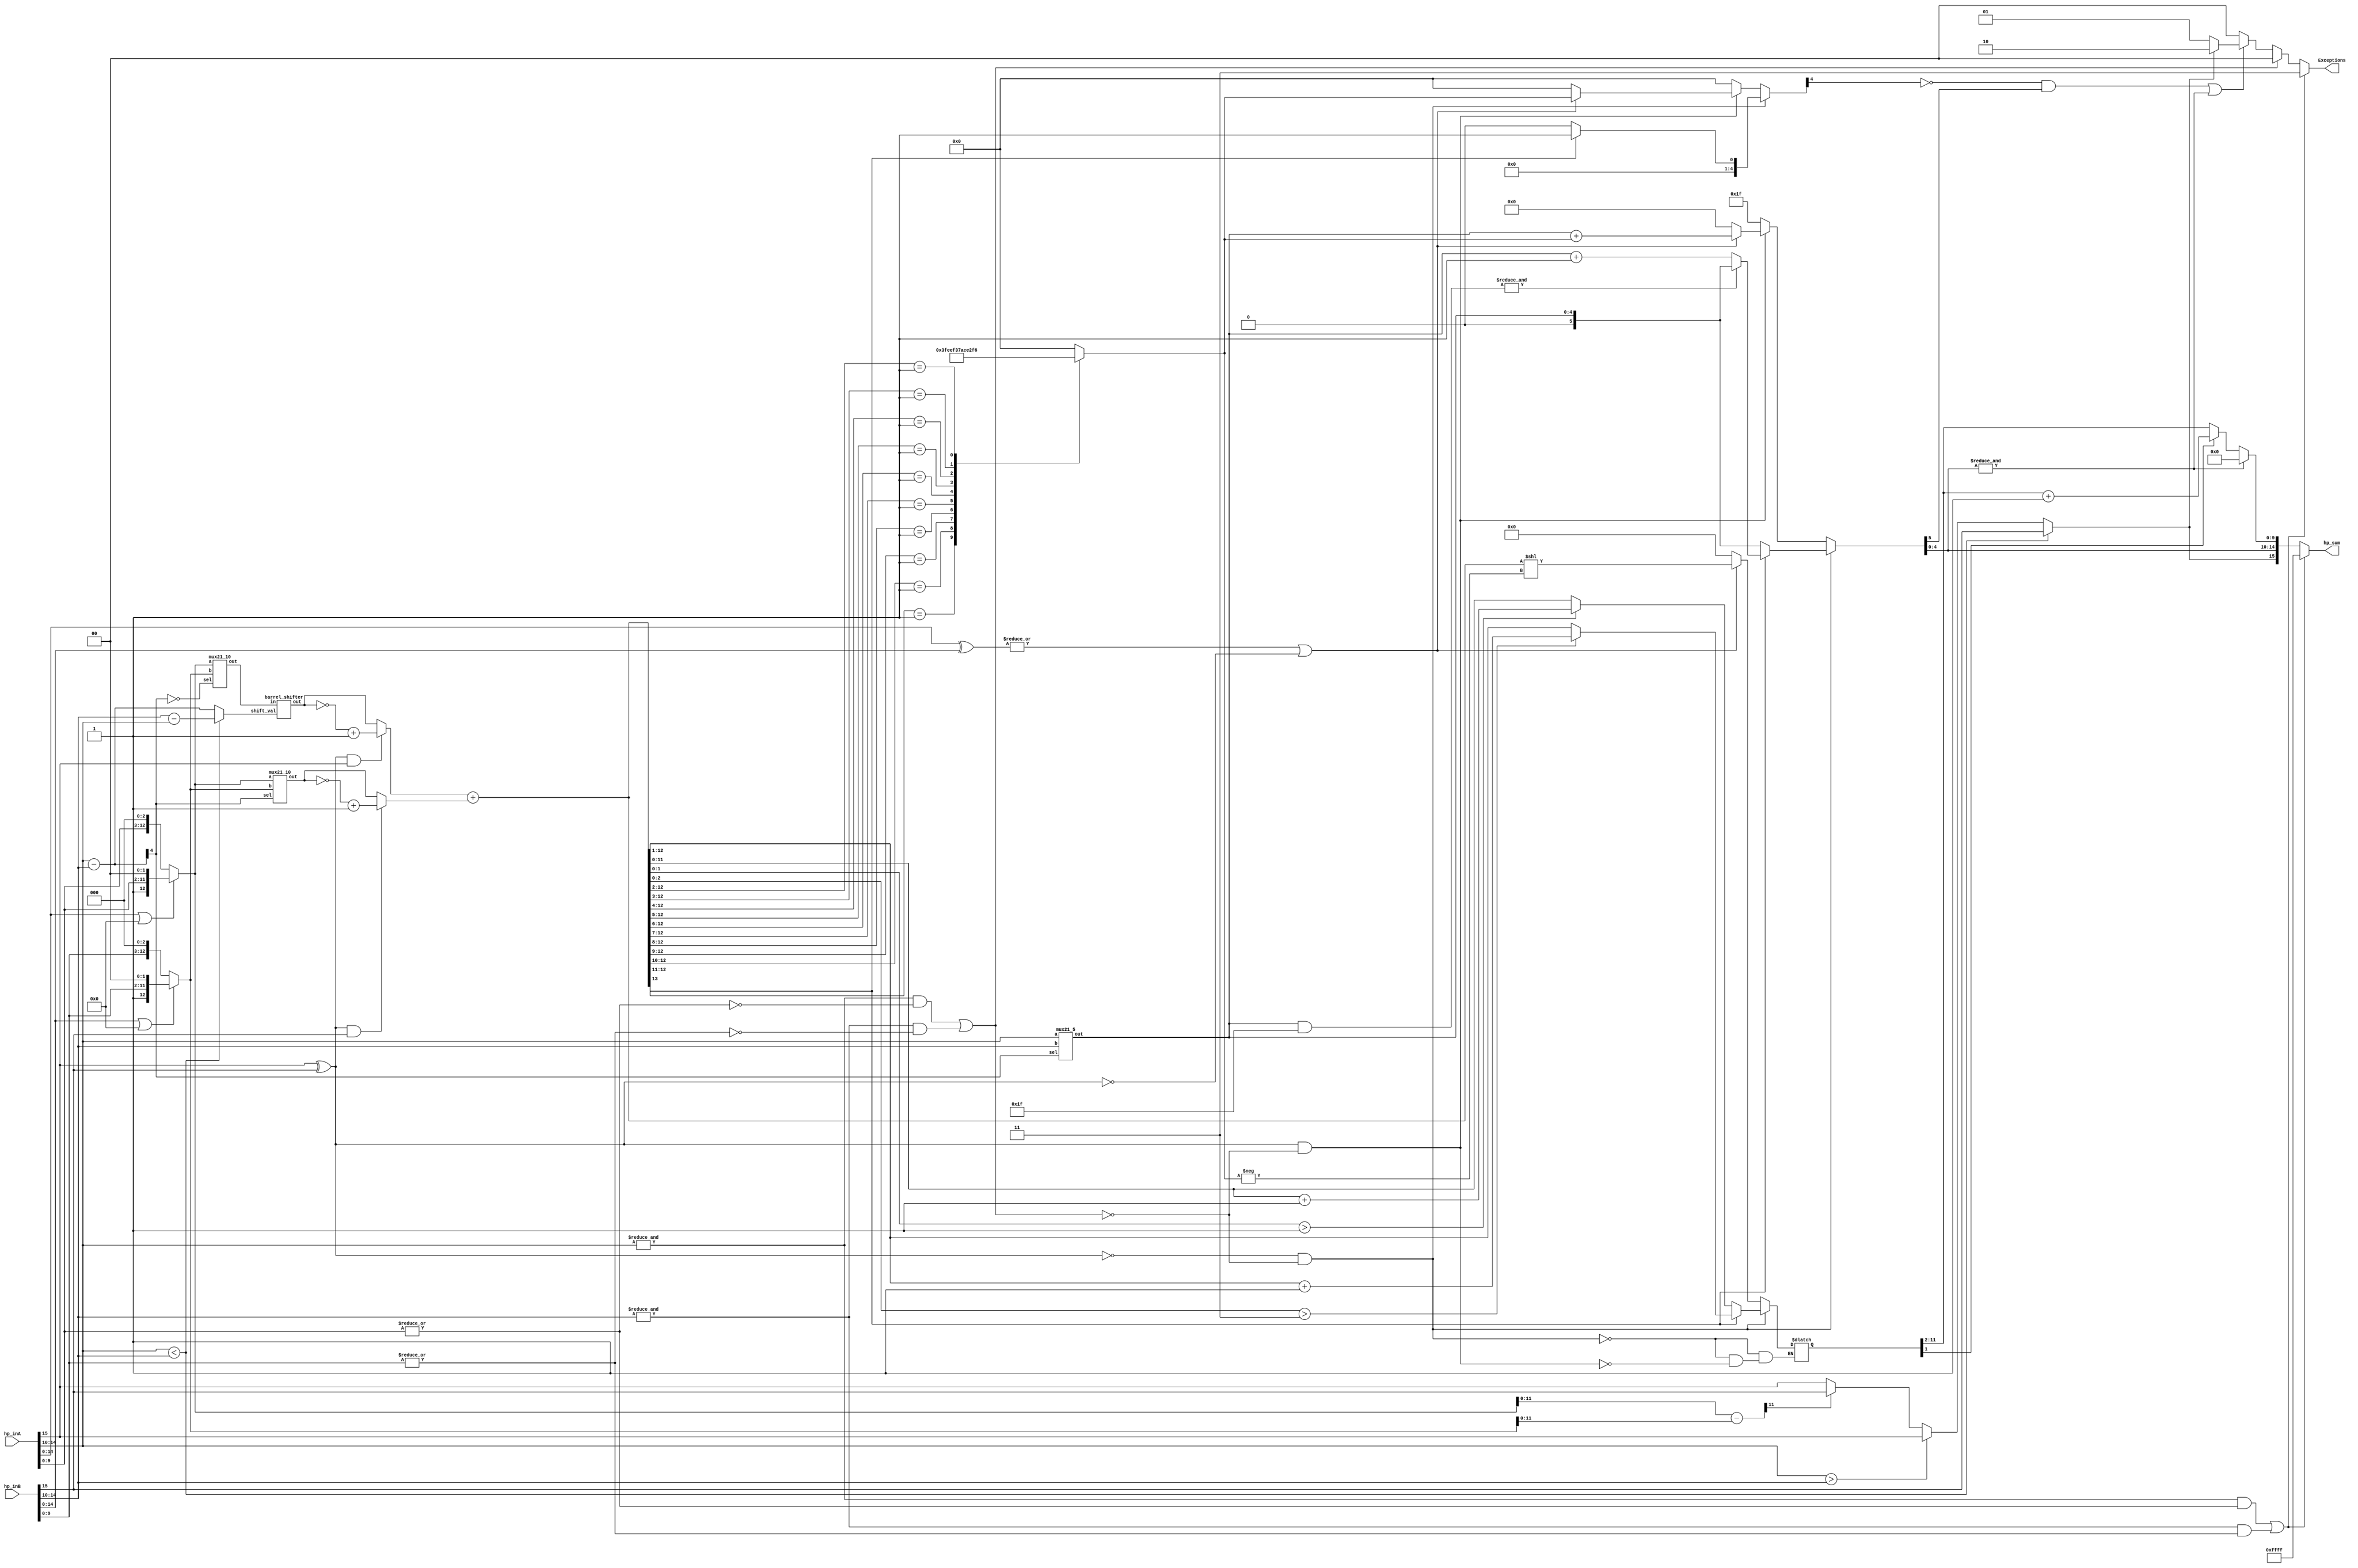
module hp_adder (
    input wire[15:0] hp_inA,
    input wire[15:0] hp_inB,
    output wire[15:0] hp_sum,
    output wire[1:0] Exceptions
);
    
    //declarations
    
    wire smaller, sign_a, sign_b, subtract_true, sign_similar, rest_similar, inf_true, inf_check_A, inf_check_B, nan_check_A, nan_check_B, nan_true;
    wire [4:0] exp_a, exp_b, exp_diff, larger_exp; 
    wire [12:0] mant_a, mant_b, shift_in, shift_out_a, shift_out_b, shift_out_at, shift_out_bt, operand_a, operand_b;
    wire [13:0] asumb, adiffb, ALU_out;
    wire [14:0] similar;
   
    reg done = 1'b0, sign_fin, zero = 1'b0;
    wire flow_check;
    reg [1:0] flag = 2'b00;
    reg [4:0] amount_shifted = 5'd0, shifting_value;
    reg [5:0] exp_fin;
    reg [11:0] mant_fin = 12'b0;
    wire [9:0] mant_out;
    reg [12:0] mant_diff;
    reg [13:0] temp;
    wire [15:0] a,b;
    
    //splitting 16 - bit input into relavent information
    assign a = hp_inA;
    assign b = hp_inB;
    assign exp_a = a[14:10];
    assign exp_b = b[14:10];
    assign mant_a = ~&(a[14:0] || 15'b0) ? {a[9:0], 3'b0} : {1'b1, a[9:0], 2'b0};
    assign mant_b = ~&(b[14:0] || 15'b0) ? {b[9:0], 3'b0} : {1'b1, b[9:0], 2'b0};
    assign sign_a = a[15];
    assign sign_b = b[15];
    assign similar = a[14:0]^b[14:0];
    assign rest_similar = |similar;
    assign sign_similar = ~(a[15]^b[15]);
    assign inf_check_A = (&a[14:10] && ~|a[9:0]);
    assign inf_check_B = (&b[14:10] && ~|b[9:0]);
    assign nan_check_A = (&a[14:10] && |a[9:0]);
    assign nan_check_B = (&b[14:10] && |b[9:0]);
    assign nan_true = nan_check_A | nan_check_B;
    assign inf_true = inf_check_A | inf_check_B;

    always @(*) begin
        if(exp_a < exp_b)
        begin
            shifting_value = exp_b - exp_a;
            sign_fin = sign_b;
        end
        else if(exp_a > exp_b)
        begin
            shifting_value = exp_a - exp_b;
            sign_fin = sign_a;
        end
        else
        begin
                shifting_value = exp_a - exp_b;
                mant_diff = mant_a - mant_b;
                sign_fin = mant_diff[11]? sign_b: sign_a;
        end
    end

    assign exp_diff = exp_a - exp_b;            
    assign smaller = ~exp_diff[4];              
   
    mux21_10 ma(.a(mant_a), .b(mant_b), .sel(smaller), .out(shift_in));
    barrel_shifter b1(.in(shift_in), .shift_val(shifting_value), .out(shift_out_at));
    mux21_10 mb(.a(mant_a), .b(mant_b), .sel(~smaller), .out(shift_out_bt));

    /*
    ALU Operations (and corresponding shifts)
    */

    assign subtract_true = sign_a ^ sign_b;
    assign comp_2_a = subtract_true & sign_a;
    assign comp_2_b = subtract_true & sign_b;
    assign operand_a = (comp_2_a) ? (~(shift_out_at)+13'b1) : shift_out_at;
    assign operand_b = (comp_2_b) ? (~(shift_out_bt)+13'b1) : shift_out_bt;
    assign ALU_out = operand_a + operand_b;
    
   /*
   Renormalization And Exponent Calculation
   */

    mux21_5 mexp(.a(exp_a), .b(exp_b), .sel(~smaller), .out(larger_exp));
    always @(*) begin
        amount_shifted = 5'b0;
        exp_fin = 6'b0;
        exp_fin = larger_exp;
       if(!subtract_true & !inf_true) begin
            if(ALU_out[1:0] > 2'b01)
                mant_fin = ALU_out[11:0] + 10'b1;
            else
                mant_fin = ALU_out[11:0];

            if(ALU_out[13] == 1'b1) begin
                if(ALU_out[2:0] > 3'b011)
                    mant_fin = ALU_out[12:1] + 10'b1;
                else
                    mant_fin = ALU_out[12:1];
                    
                amount_shifted = 5'b1;
                exp_fin = (&(larger_exp & 5'b11111)) ? larger_exp : (larger_exp + 5'b00001);
            end

        end
        else if(subtract_true & !inf_true)begin
            if(~(rest_similar || sign_similar))
            begin
                amount_shifted = 5'd0;
                mant_fin = 12'b0;
                exp_fin = 5'b0;
            end
            else
            begin
                /*
                Leading Zero Calculator
                */
                casex(ALU_out[12:2])
                    {1'b1, 10'bx}         :begin  amount_shifted = -5'd0;   end
                    {1'b0, 1'b1, 9'bx}    :begin  amount_shifted = -5'd1;   end
                    {2'b0, 1'b1, 8'bx}    :begin  amount_shifted = -5'd2;   end
                    {3'b0, 1'b1, 7'bx}    :begin  amount_shifted = -5'd3;   end
                    {4'b0, 1'b1, 6'bx}    :begin  amount_shifted = -5'd4;   end
                    {5'b0, 1'b1, 5'bx}    :begin  amount_shifted = -5'd5;   end
                    {6'b0, 1'b1, 4'bx}    :begin  amount_shifted = -5'd6;   end
                    {7'b0, 1'b1, 3'bx}    :begin  amount_shifted = -5'd7;   end
                    {8'b0, 1'b1, 2'bx}    :begin  amount_shifted = -5'd8;   end
                    {9'b0, 1'b1, 1'bx}    :begin  amount_shifted = -5'd9;   end
                    {10'b0, 1'b1}         :begin  amount_shifted = -5'd10;  end
                    default               :begin  amount_shifted = -5'd0;   end
                endcase
                temp = (ALU_out << -amount_shifted);
                mant_fin = temp[11:0];
                exp_fin = larger_exp + amount_shifted;
            end
        end
        else
        begin
            exp_fin = 6'b011111;
        end
    end
    assign mant_out = mant_fin[1] ? (mant_fin[11:2]+1'b1) : mant_fin[11:2];
    assign hp_sum = nan_true? 16'b1111111111111111 : (&exp_fin[4:0] ? {sign_fin, exp_fin[4:0], 10'b0}: ({sign_fin, exp_fin[4:0], mant_out}));
    assign flow_check = (~amount_shifted[4] & exp_fin[5]) | &exp_fin[4:0];
    assign Exceptions = nan_true ? (2'b11) : inf_true ? (2'b00) : (flow_check ? (sign_fin ? 2'b10 : 2'b01 ): 2'b00);
endmodule


//Separate non-parameterized muxes for sanity
module mux21_10(
    input wire[12:0] a,
    input wire[12:0] b,
    input wire sel,
    output reg[12:0] out
);
    /* 2:1 Mux with 10 bits as each input and 1 bit select*/
    always@ (*)
        begin
            case(sel)
            1'b0: out = a;
            1'b1: out = b;
            default: out = 0;
            endcase
        end

endmodule



module barrel_shifter (
    input wire[12:0] in,
    input wire[4:0] shift_val,
    output wire[12:0] out);      
    wire [12:0] num = in; 
    reg [12:0] X, Y, Z, W, Dout;

    always @ (*)
      begin
        
      /*  
        num -> X -> Y -> Z -> W -> Dout
        Where num->X would be a 0 or 1 bit shift, X->Y would be a 0 or 2 bit shift, 
        Y->Z would be a 0 or 4 bit shift and Z->Dout would be a 0 or 8 bit shift.
        Each of these 0 or 2^n shift would be as per the n'th bit of shift_val
      */

      X = shift_val[0] ? {1'b0, num[12:1]} : num[12:0];
      Y = shift_val[1] ? {2'b0, X[12:2]} : X[12:0];
      Z = shift_val[2] ? {4'b0, Y[12:4]} : Y[12:0];
      W = shift_val[3] ? {8'b0, Z[12:8]} : Z[12:0];
      Dout = shift_val[4] ? 13'b0 : W[12:0];
      
    end
    assign out = Dout;
endmodule



module mux21_5(
    input wire[4:0] a,
    input wire[4:0] b,
    input wire sel,
    output reg[4:0] out
);
    /* 2:1 Mux with 5 bits as each input and 1 bit select*/
    always@ (*)
        begin
            case(sel)
            1'b0: out = a;
            1'b1: out = b;
            default: out = 0;
            endcase
        end
endmodule


module test_bench ();
    reg [15:0] num1;
    reg [15:0] num2;
    reg [9:0] expected;
    wire [15:0] total;
    wire [1:0] op_flags;
    reg [15:0] exp_sum;
    hp_adder fp_adder(.hp_inA(num1), .hp_inB(num2), .hp_sum(total), .Exceptions(op_flags));
    initial 
    begin
        $monitor("In1 =  %b In2 = %b\nOutput = %b Exceptions = %b\nExpect = %b\n\n", num1, num2, total, op_flags, exp_sum);
        
        num1 = 16'b1111011110010100;    //-3.104E4
        num2 = 16'b1111101100101010;    //-5.87E4
        exp_sum = 16'b1111110000000000; //-inf :  Set Underflow flag
        
        #50
        num1 = 16'b0111011110010100;    //3.104E4
        num2 = 16'b0111101100101010;    //5.87E4
        exp_sum = 16'b0111110000000000; //inf :  Set Overflow flag
        
        #50 
        num1 = 16'b0100101000100001;    //12.26
        num2 = 16'b1100101000100001;    //-12.26
        exp_sum = 16'b0000000000000000; //0
        
        #50
        num1 = 16'b1111011110010100;    //-3.104E4
        num2 = 16'b1111111100101010;    //NaN
        exp_sum = 16'b1111111111111111; //NaN
        
        #50
        num1 = 16'b0111110000000000;    //+inf
        num2 = 16'b0111110000000000;    //+inf
        exp_sum = 16'b0111110000000000; //+inf : set others flag (infinity case)
        
        #50
        num1 = 16'b1111011110010100;    //-3.104E4
        num2 = 16'b1110110110111100;    //-5.87E3
        exp_sum = 16'b1111100010000010; //-3.693E4
        
        #50
        num1 = 16'b0111011110010100;    //3.104E4
        num2 = 16'b0110110110111100;    //5.87E3
        exp_sum = 16'b0111100010000010; //3.693E4
        
        #50
        num1 = 16'b1100101110000000;    //0
        num2 = 16'b1101010101111010;    //0
        exp_sum = 16'b1101011001101010;
        
        #50
        num1 = 16'b0000000000000000;    //0
        num2 = 16'b0000000000000000;    //0
        exp_sum = 16'b0000000000000000;

        #50
        num1 = 16'b0100101000100001;    //12.26
        num2 = 16'b1111110000000000;    //-inf
        exp_sum = 16'b1111110000000000; //+inf
        
        #50
        num1 = 16'b0111110000000000;    //+inf
        num2 = 16'b1111110000000000;    //-inf
        exp_sum = 16'b0111110000000000; //+inf
        
        #50
        num1 = 16'b0100101000100001;    //12.26
        num2 = 16'b0111110000000000;    //+inf
        exp_sum = 16'b0111110000000000; //+inf
        
        
        #50
        num1 = 16'b0100101000100001;    //12.26
        num2 = 16'b0100000000000000;     //2.0
        exp_sum = 16'b0100101100100001; //2.0
        
        #50
        num1 = 16'b0100101000100001;    //12.26
        num2 = 16'b0011110000000000;    //1
        exp_sum = 16'b0100101010100001; //13.26

        #50
        num1 = 16'b1100000010011010;    //-2.3
        num2 = 16'b0100010001001101;    //4.3
        exp_sum = 16'b0100000000000000; //2.0
        
        #50
        num1 = 16'b0100101000100001;    //12.26
        num2 = 16'b0101010001011011;    //69.7
        exp_sum = 16'b0101010100011111; //81.94
        

        #50
        num1 = 16'b0101010110100110;    //90.4
        num2 = 16'b0101000100100110;    //41.2
        exp_sum = 16'b0101100000011101;
        
        #50        
        num1 = 16'b0101000001110011;    //35.6
        num2 = 16'b0101000100100110;    //41.2
        exp_sum = 16'b0101010011001101;

        #50
        num1 = 16'b0011100011001101;    //0.6
        num2 = 16'b0101000100100110;    //41.2
        exp_sum = 16'b0101000100111001;

        #50        
        num1 = 16'b1101010110100110;    //-90.4
        num2 = 16'b0101000100100110;    //41.2
        exp_sum = 16'b1101001000100110;

        #50
        num1 = 16'b0101000001110011;    //35.6
        num2 = 16'b1101000100100110;    //-41.2
        exp_sum = 16'b1100010110011000;
        
        #50
        num2 = 16'b1101000001110011;    //-35.6
        num1 = 16'b1101000100100110;    //-41.2
        exp_sum = 16'b1101010011001101;
    end
endmodule